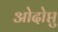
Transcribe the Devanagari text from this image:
ओदोप्तु